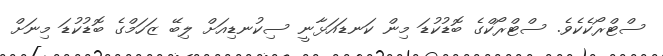
ސްޓްރޯކެކެވެ. ސްޓްރޯކްގެ ބޮޑުކުޑަ މިން ކަނޑައަޅާނީ ސިކުނޑިއަށް ލިބޭ ޒަހަމްގެ ބޮޑުކުޑަ މިނަށް